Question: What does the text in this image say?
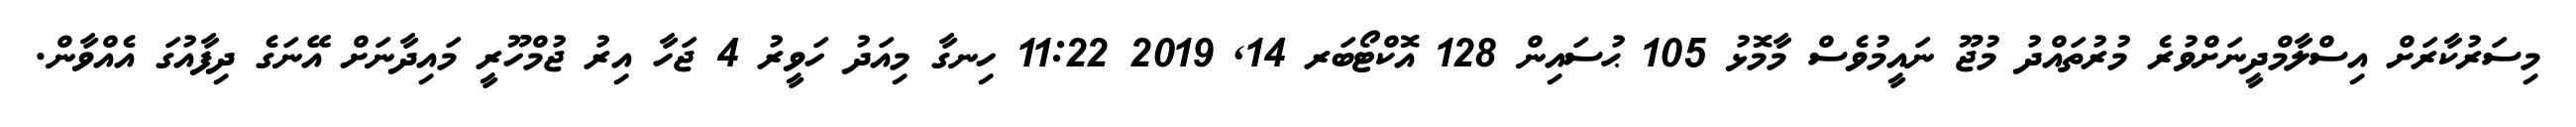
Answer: މިސަރުކާރަށް އިސްލާމްދީނަށްވުރެ މުރުތައްދު މުޖޫ ނައީމުވެސް މާމޮޅު 105 ޙުސައިން 128 އޮކްޓޯބަރ 14, 2019 11:22 ހިނގާ މިއަދު ހަވީރު 4 ޖަހާ އިރު ޖުމްހޫރީ މައިދާނަށް އޭނަގެ ދިފާއުގަ އެއްވާން.